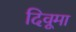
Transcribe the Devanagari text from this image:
दिवूमा